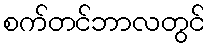
စက်တင်ဘာလတွင်